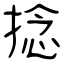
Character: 捻